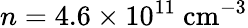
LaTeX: n=4.6\times 10^{11}~\mathrm{{cm^{-3}}}